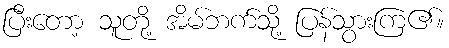
ပြီးတော့ သူတို့ အိမ်ဘက်သို့ ပြန်သွားကြ၏။